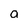
Character: a